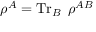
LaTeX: \rho ^ { A } = \operatorname { T r } _ { B } \; \rho ^ { A B }